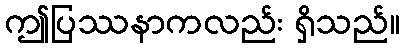
ဤပြဿနာကလည်း ရှိသည်။